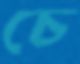
চে